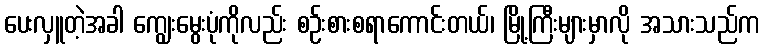
ပေးလှူတဲ့အခါ ကျွေးမွေးပုံကိုလည်း စဉ်းစားစရာကောင်းတယ်၊ မြို့ကြီးများမှာလို အသားသည်က